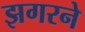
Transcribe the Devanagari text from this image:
झगरने